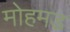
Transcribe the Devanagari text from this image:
मोहमड